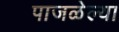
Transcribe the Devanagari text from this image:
पाजळेल्या